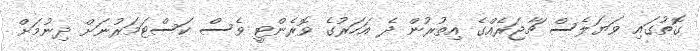
ގޮތުގައި ވަޔަލެސް ޗާޖަރެއްގެ އިތުރުން ދެ އަހަރުގެ ވޮރެންޓީ ވެސް ކަސްޓަމަރުނަށް ދިނުމަށް